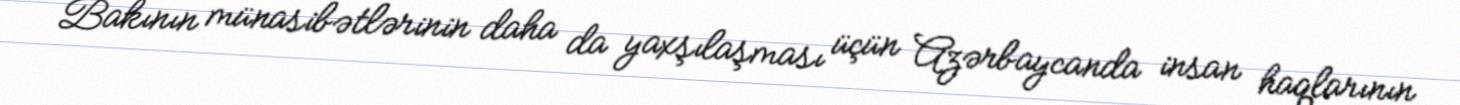
Bakının münasibətlərinin daha da yaxşılaşması üçün Azərbaycanda insan haqlarının